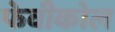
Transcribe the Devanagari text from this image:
फेवीकोल